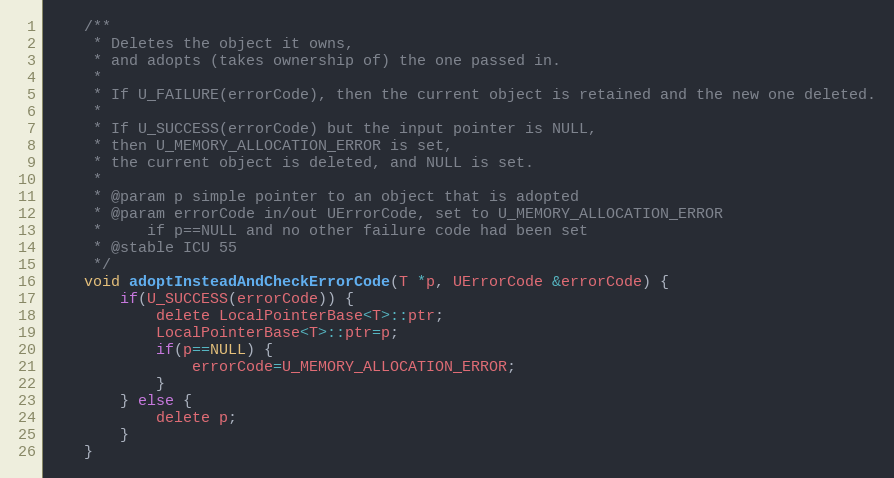
Language: C
    /**
     * Deletes the object it owns,
     * and adopts (takes ownership of) the one passed in.
     *
     * If U_FAILURE(errorCode), then the current object is retained and the new one deleted.
     *
     * If U_SUCCESS(errorCode) but the input pointer is NULL,
     * then U_MEMORY_ALLOCATION_ERROR is set,
     * the current object is deleted, and NULL is set.
     *
     * @param p simple pointer to an object that is adopted
     * @param errorCode in/out UErrorCode, set to U_MEMORY_ALLOCATION_ERROR
     *     if p==NULL and no other failure code had been set
     * @stable ICU 55
     */
    void adoptInsteadAndCheckErrorCode(T *p, UErrorCode &errorCode) {
        if(U_SUCCESS(errorCode)) {
            delete LocalPointerBase<T>::ptr;
            LocalPointerBase<T>::ptr=p;
            if(p==NULL) {
                errorCode=U_MEMORY_ALLOCATION_ERROR;
            }
        } else {
            delete p;
        }
    }